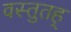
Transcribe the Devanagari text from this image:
वस्तुतह्